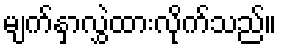
မျက်နှာလွှဲထားလိုက်သည်။